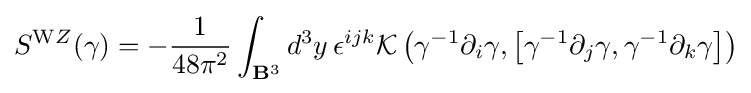
S^{\mathrm {W} Z}(\gamma )=-{\frac {1}{48\pi ^{2}}}\int _{\mathbf {B} ^{3}}d^{3}y\,\epsilon ^{ijk}{\mathcal {K}}\left(\gamma ^{-1}\partial _{i}\gamma ,\left[\gamma ^{-1}\partial _{j}\gamma ,\gamma ^{-1}\partial _{k}\gamma \right]\right)